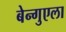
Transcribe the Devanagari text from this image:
बेन्गुएला